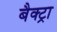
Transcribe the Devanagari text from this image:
बैक्ट्रा